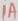
Text: 1A